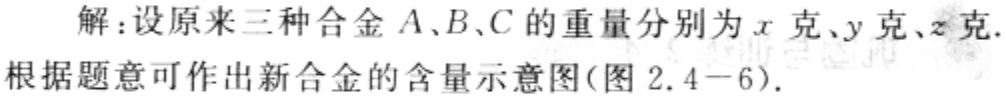
解：设原来三种合金\(A、B、C\)的重量分别为\(x\)克、\(y\)克、\(z\)克.

根据题意可作出新合金的含量示意图(图2.4 - 6).